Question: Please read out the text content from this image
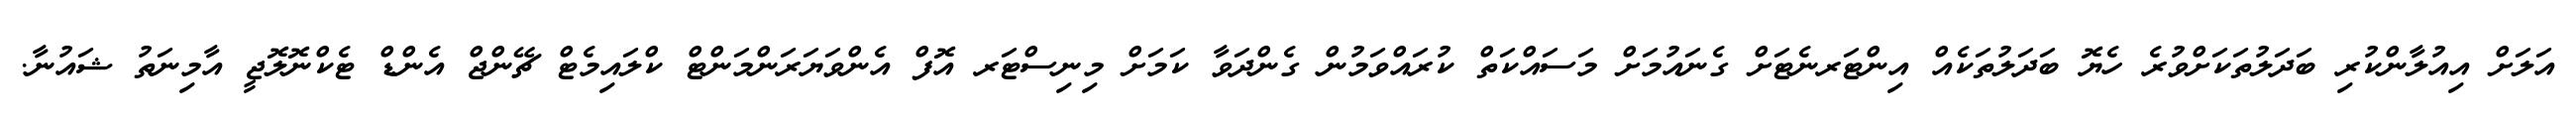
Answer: އަލަށް އިއުލާންކުރި ބަދަލުތަކަށްވުރެ ހެޔޮ ބަދަލުތަކެއް އިންޓަރނެޓަށް ގެނައުމަށް މަސައްކަތް ކުރައްވަމުން ގެންދަވާ ކަމަށް މިނިސްޓަރ އޮފް އެންވަޔަރަންމަންޓް ކްލައިމެޓް ޗޭންޖް އެންޑް ޓެކްނޮލޮޖީ އާމިނަތު ޝައުނާ.